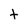
Character: t